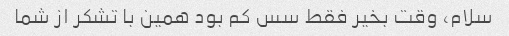
سلام، وقت بخیر فقط سس کم بود همین با تشکر از شما